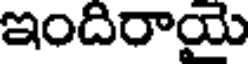
ఇందిరాయై